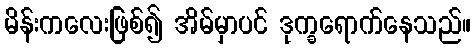
မိန်းကလေးဖြစ်၍ အိမ်မှာပင် ဒုက္ခရောက်နေသည်။